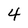
Character: 4